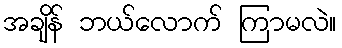
အချိန် ဘယ်လောက် ကြာမလဲ။